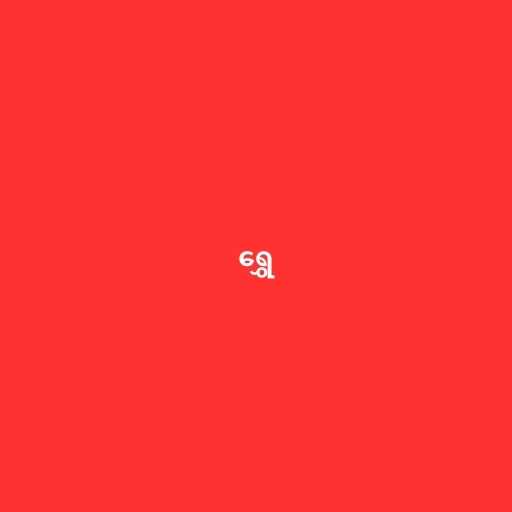
ရွှေ